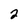
Character: 2